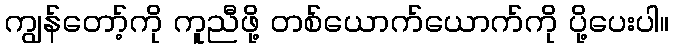
ကျွန်တော့်ကို ကူညီဖို့ တစ်ယောက်ယောက်ကို ပို့ပေးပါ။